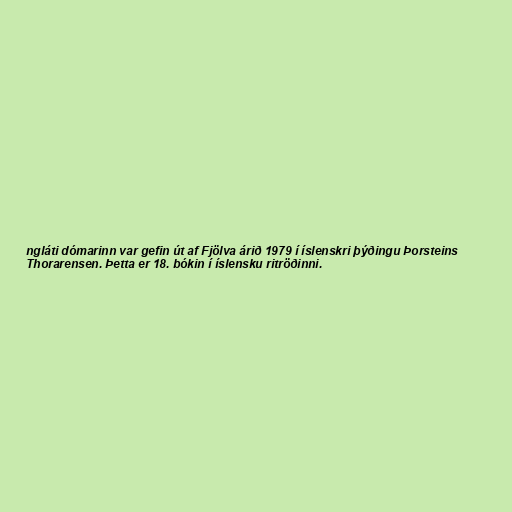
ngláti dómarinn var gefin út af Fjölva árið 1979 í íslenskri þýðingu Þorsteins
Thorarensen. Þetta er 18. bókin í íslensku ritröðinni.